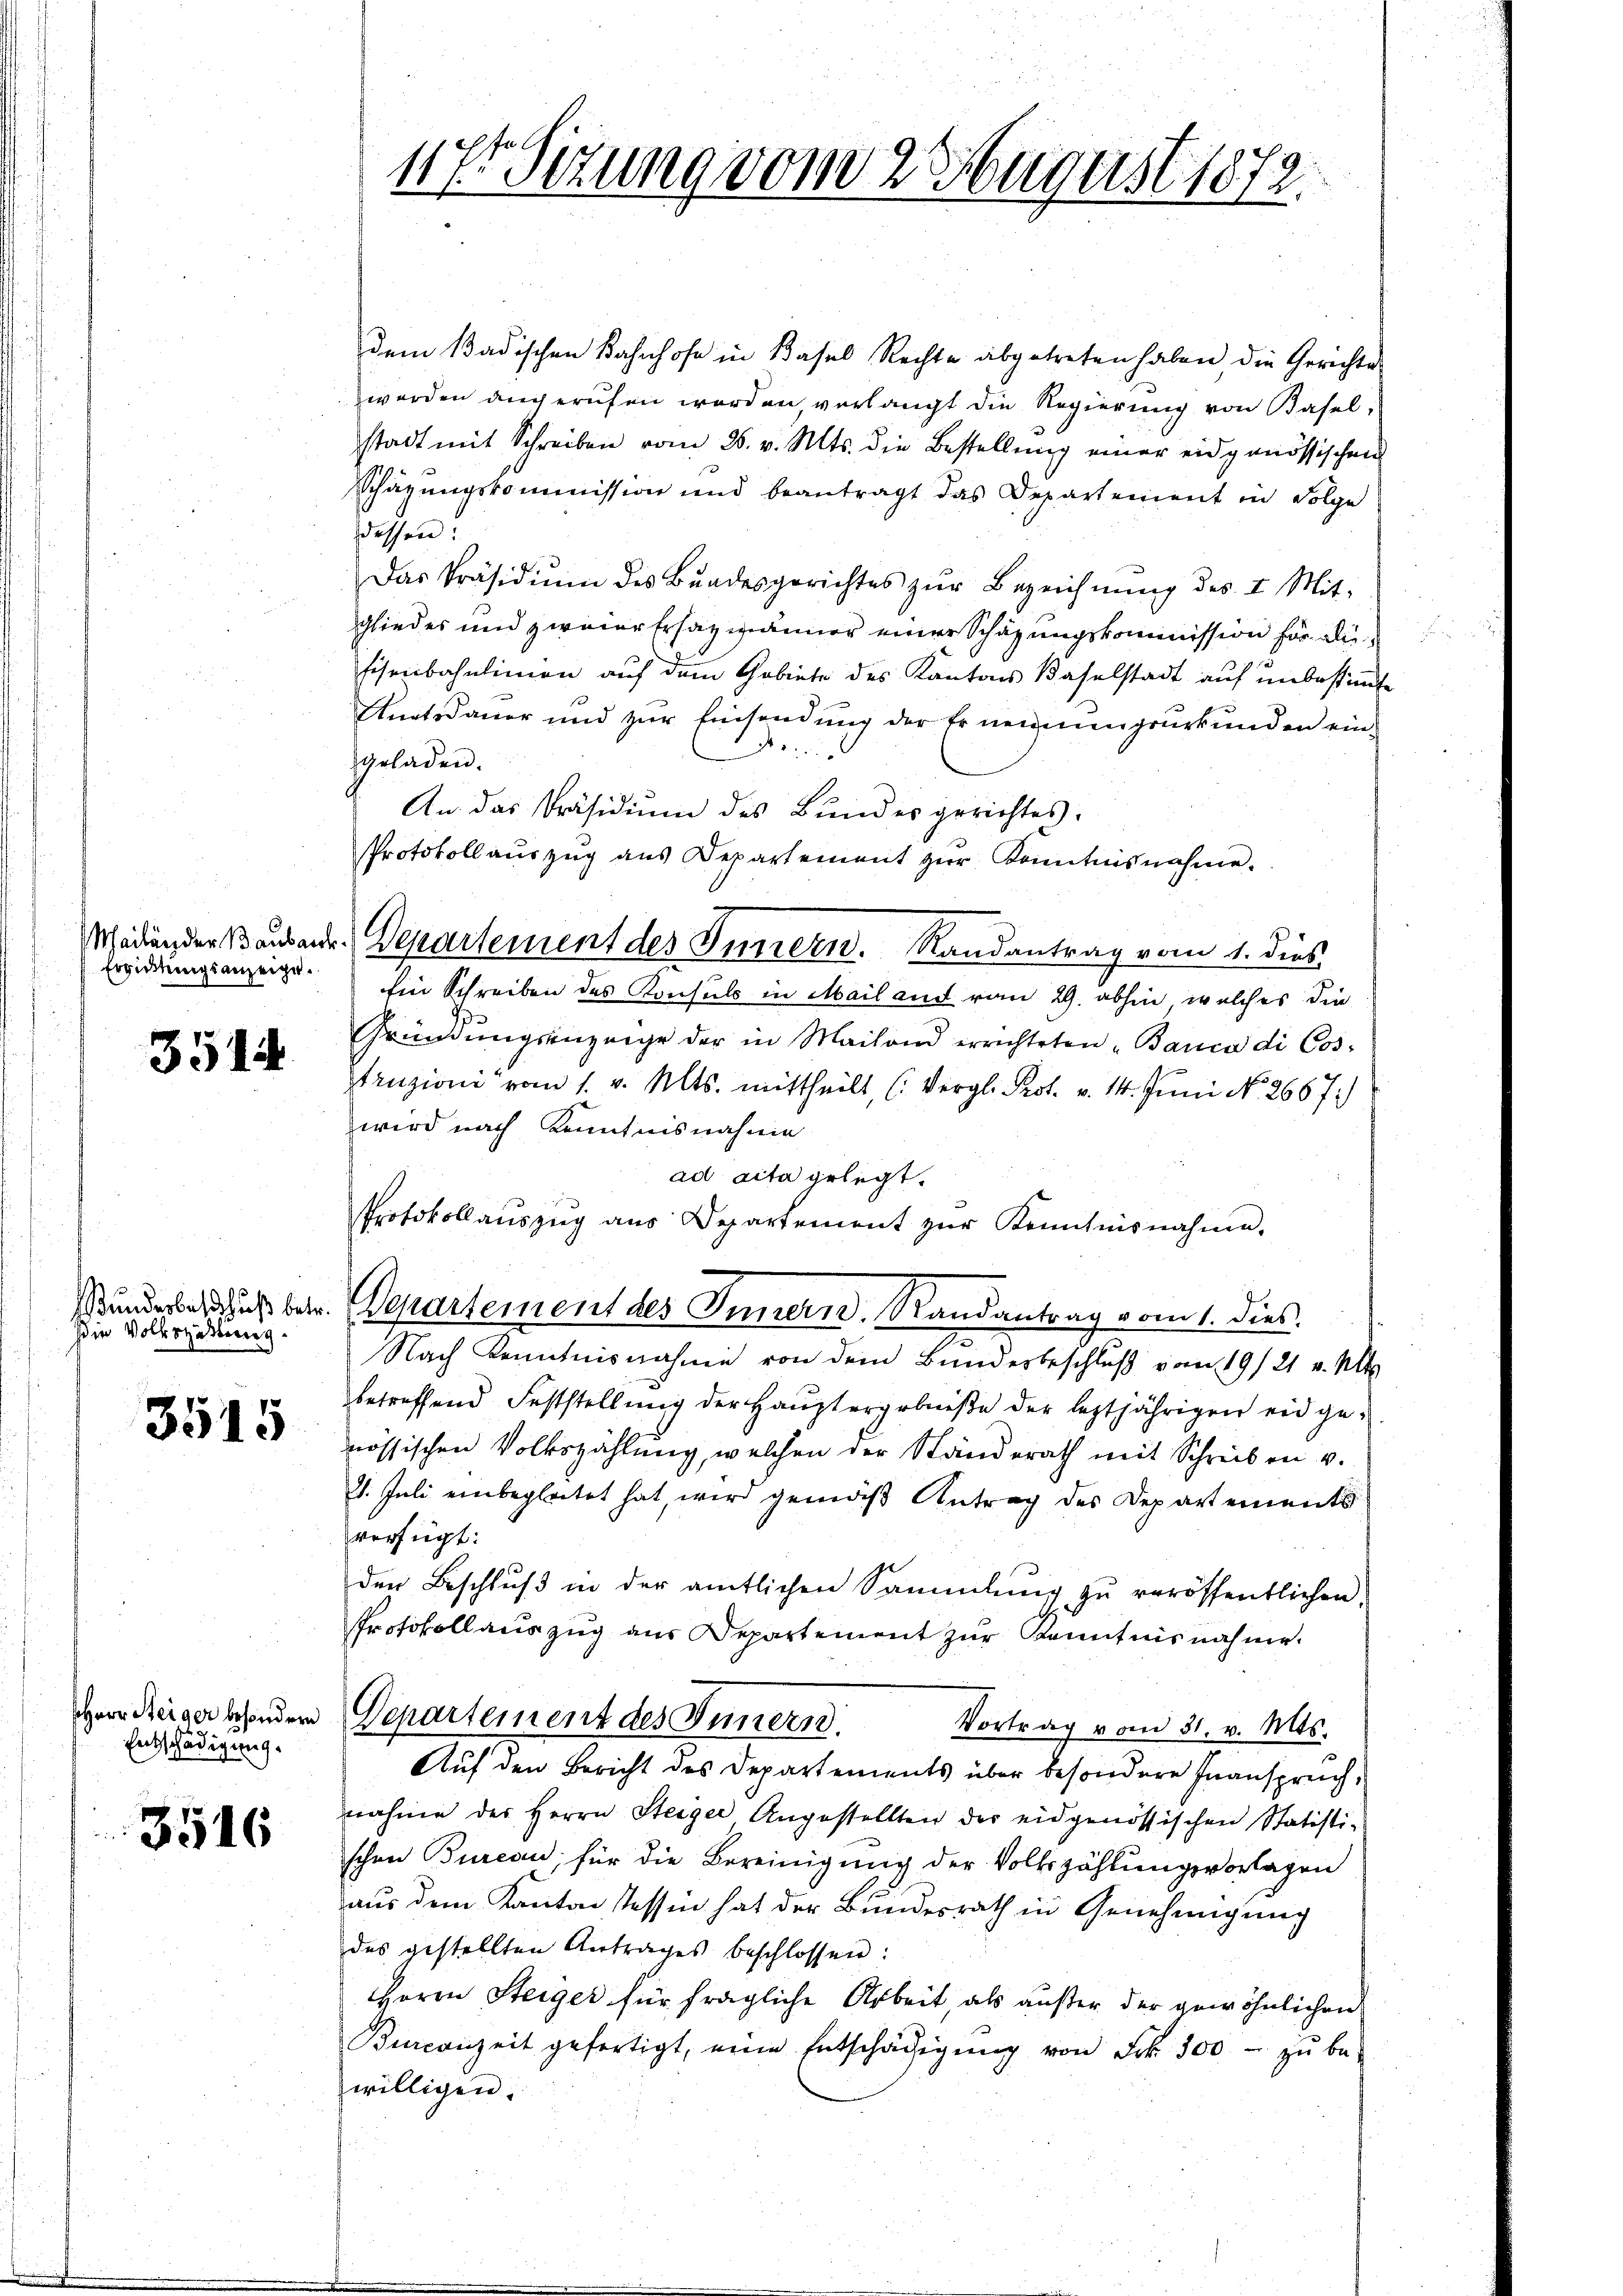
Ergidtungsanzeige.

3514

Die Volkszählung.

3515

Herr Steiger besondern
Entschädigung.

3516

117t Sitzung vom 2. August 1872.

dem Badischen Bahnhofe in Basel Rechte abgetreten haben die Gerichte
werden augerufen worden, verlangt die Regierung von Baselstadt mit Schreiben vom 28. v. Mts. die Bestellung einer eidgenössischen
Schätzungskommission und beantragt das Departement in Folge
dessen:
Das Präsidiŭm des Bŭndesgerichtes zŭr Bezeichnŭng des I. Mit-
gliedes und zweier Ersatzmänner einer Schazungskommission für au
fisenbahnlinien auf dem Gebiete des Kantons Baselstadt auf unbestimmte
Amtsdauer und zur Einsendung der Ernennungsurkunden eingeladen.
An das Präsidiŭm des Bundesgerichtes.
Protokollauszug aus Departement zŭr Kenntnisnahme.
Ein Schreiben des Konsuls in Mail auf vom 29. abhin, welches die
Gründŭngsanzeige der in Mailand errichteten "Banca di Cos-
Struzioni vom 1. v. Mts. mittheilt, (Vergl. Prot. v. 14. Juni No 2667.
wird nach Kenntnisnahme
ad acta gelegt.
Protokollaŭszŭg ans Departement zŭr Kenntnisnahme.
Stundesbeschuß betr. Bepartement des Innern, Randantrag vom 1. dies.
Nach Kenntnisnahme von dem Bundesbeschluß vom 19/21. v. Mts.
betreffend Feststellung der Hauptergebniße der leztjährigen eidgenössischen Volkszählung, welchen der Standerath mit Schreiben v.
21. Juli einbegleitet hat, wird gemäß Antrag des Departements
verfügt:
der Beschluß in der amtlichen Sammlung zu veröffentlichen,
Protokollauszug aus Departement zur Kenntnisnahme.
Departement des Innern.
Vortrag vom 31. v. Mts.
Auf den Bericht des Departements über besondere Inanspruch,
nahme der Herrn Steiger Angestellten der eidgenössischen Statisti-
schen Bureau, für die Bereinigung der Volkszählungsvorlagen
aus dem Kanton Tessin hat der Bundesrath in Genehmigung
des gestellten Antrages beschlossen:
HHerrn Steiger für fragliche Arbeit, als außer der gewöhnlichen
Burcanzeit gefertigt, eine Entschädigŭng von Frk. 100 - zŭ be-
willigen.

Scheidender Baubende. Departement des Innern. Randantrag vom 1. dies